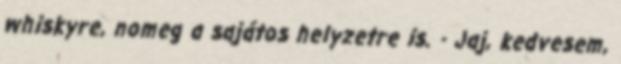
whiskyre, nomeg a sajátos helyzetre is. - Jaj, kedvesem,